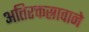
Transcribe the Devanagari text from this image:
अतिरक्तस्रावाने